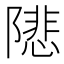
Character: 𨼚